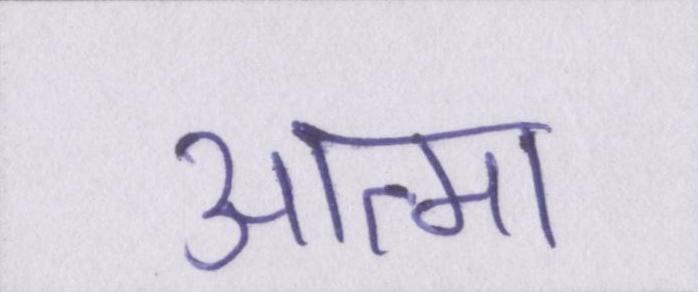
आत्मा